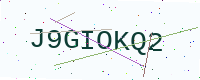
Text: J9GIOKQ2